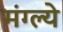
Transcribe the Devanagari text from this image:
मंग्ल्ये